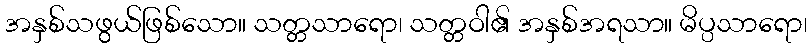
အနှစ်သဖွယ်ဖြစ်သော။ သတ္တသာရော၊ သတ္တဝါ၏ အနှစ်အရသာ။ မိပ္ပသာရော၊